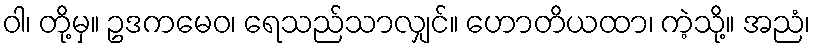
ဝါ၊ တို့မှ။ ဥဒကမေဝ၊ ရေသည်သာလျှင်။ ဟောတိယထာ၊ ကဲ့သို့။ အညံ၊